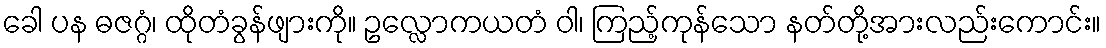
ခေါ ပန ဓဇဂ္ဂံ၊ ထိုတံခွန်ဖျားကို။ ဥလ္လောကယတံ ဝါ၊ ကြည့်ကုန်သော နတ်တို့အားလည်းကောင်း။